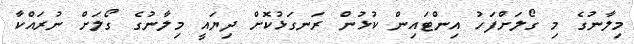
މިލާނުގެ މި ގޯލަށްފަހު އިންޓައިން ކުޅުން ރަނގަޅުކޮށް ދިޔައީ މިލާނުގެ ގޯލަށް ނުރައްކާ